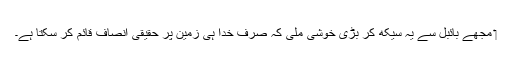
‏ مجھے بائبل سے یہ سیکھ کر بڑی خوشی ملی کہ صرف خدا ہی زمین پر حقیقی اِنصاف قائم کر سکتا ہے۔